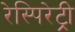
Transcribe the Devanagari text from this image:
रेस्पिरेट्री